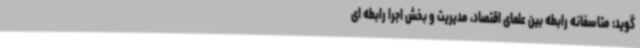
گوید: متاسفانه رابطه بین علمای اقتصاد، مدیریت و بخش اجرا رابطه ای